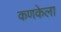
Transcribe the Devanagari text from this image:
कणकेला